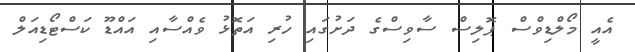
އެއީ މޯލްޑިވްސް ޕޮލިސް ސާވިސްގެ ދަށުގައި ހުރި އަތޮޅު ވެއްސާއި އައްޑޫ ކަސްޓޯޑިއަލް